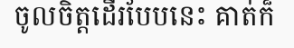
ចូលចិត្តដើរបែបនេះ គាត់ក៏